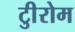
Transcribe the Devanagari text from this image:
टीुरोम